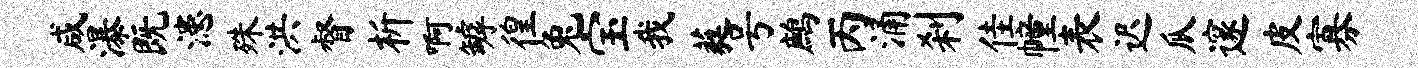
咸瀑既漶殊洪督析啊罅徨兔宝我蕤号鹧丙涌刹佳幢表迟瓜邃皮寡